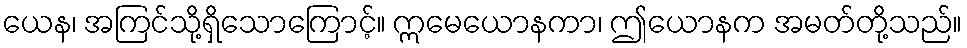
ယေန၊ အကြင်သို့ရှိသောကြောင့်။ ဣမေယောနကာ၊ ဤယောနက အမတ်တို့သည်။